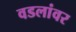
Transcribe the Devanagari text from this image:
वडलांवर